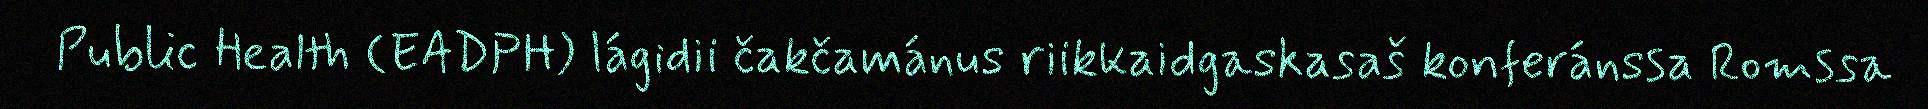
Public Health (EADPH) lágidii čakčamánus riikkaidgaskasaš konferánssa Romssa